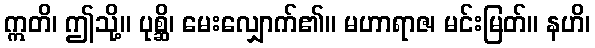
ဣတိ၊ ဤသို့။ ပုစ္ဆိ၊ မေးလျှောက်၏။ မဟာရာဇ၊ မင်းမြတ်။ နဟိ၊